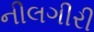
નીલગીરી